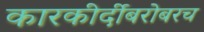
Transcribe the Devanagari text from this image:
कारकीर्दीबरोबरच